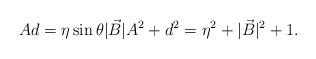
LaTeX: \begin{align*}Ad=\eta\sin\theta |\vec{B}| A^2+d^2=\eta^2+|\vec{B}|^2+1.\end{align*}